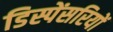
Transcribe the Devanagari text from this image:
डिस्पेंसरियों